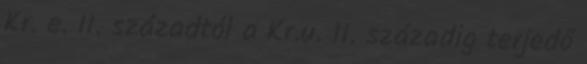
Kr. e. II. századtól a Kr.u. II. századig terjedő